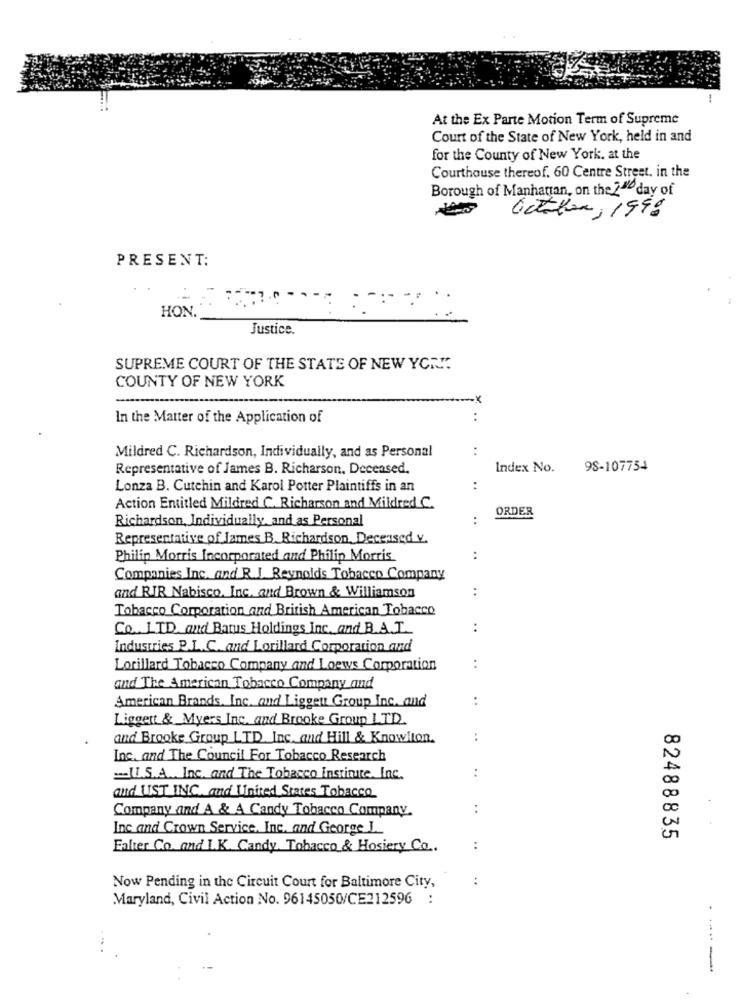
-.
At the Ex Parte Motion Term of Supreme
Court of the State of New York, held in and
for the County of New York, at the
Courthouse thereof. 60 Centre Street. in the
Borough of Manhattan, on the 2.ª day of
October, 1998
PRESENT:
: -
..
HON
Justice.
SUPREME COURT OF THE STATE OF NEW YORK.
COUNTY OF NEW YORK
In the Matter of the Application of
Mildred C. Richardson, Individually, and as Personal
:
Representative of James B. Richarson, Deceased.
Index No.
98-107754
Lonza B. Cutchin and Karol Potter Plaintiffs in an
:
Action Entitled Mildred C. Richarson and Mildred C.
ORDER
Richardson, Individually, and as Personal
:
Representative of James B. Richardson, Deceased v.
Philip Morris Incorporated and Philip Morris
..
Companies Inc. and R. J. Reynolds Tobacco Company
and RIR Nabisco. Inc. and Brown & Williamson
..
Tobacco Corporation and British American Tobacco
Co. LTD. and Batus Holdings Inc. and B.A.T.
..
Industries P.L.C. and Lorillard Corporation and
Lorillard Tobacco Company and Loews Corporation
:
and The American Tobacco Company and
..
American Brands, Inc. and Liggeu Group Inc. and
Liggett & Myers Inc. and Brooke Group LTD.
and Brooke Group LTD. Inc. and Hill & Knowlton.
..
Inc. and The Council For Tobacco Research
=IL.S.A .. Inc, and The Tobacco Instinite, Inc.
..
and UST INC. and United States Tobacco
Company and A & A Candy Tobacco Company.
..
..
Inc and Crown Service, Inc. and George 1.
82488835
Falter Co. and L.K. Candy, Tobacco & Hosiery Co ..
..
:
Now Pending in the Circuit Court for Baltimore City,
Maryland, Civil Action No. 96145050/CE212596 :
--- -